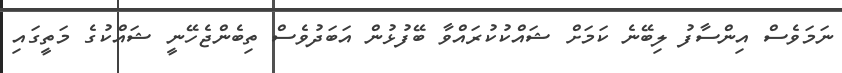
ނަމަވެސް އިންސާފު ލިބޭނެ ކަމަށް ޝައްކުކުރައްވާ ބޭފުޅުން އަބަދުވެސް ތިބެންޖެހޭނީ ޝައްކުގެ މަތީގައި